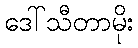
ဒေါ်သီတာမိုး